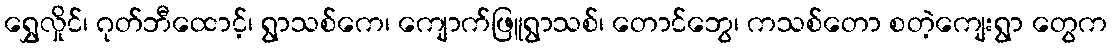
ရွှေလှိုင်၊ ဂုတ်ဘီထောင့်၊ ရွာသစ်ကေ၊ ကျောက်ဖြူရွာသစ်၊ တောင်ဘွေ၊ ကသစ်တော စတဲ့ကျေးရွာ တွေက